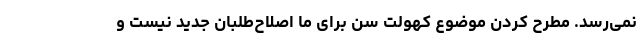
نمی‌رسد. مطرح کردن موضوع کهولت سن برای ما اصلاح‌طلبان جدید نیست و